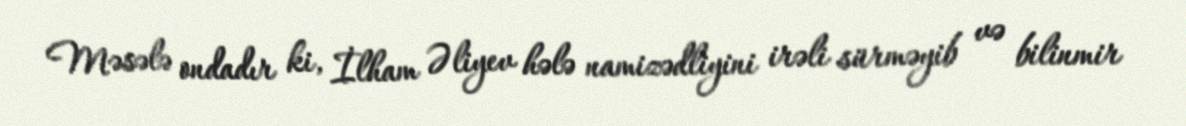
Məsələ ondadır ki, İlham Əliyev hələ namizədliyini irəli sürməyib və bilinmir